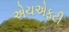
એચએફટી